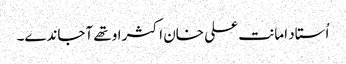
اُستاد امانت علی خان اکثر اوتھے آجاندے۔